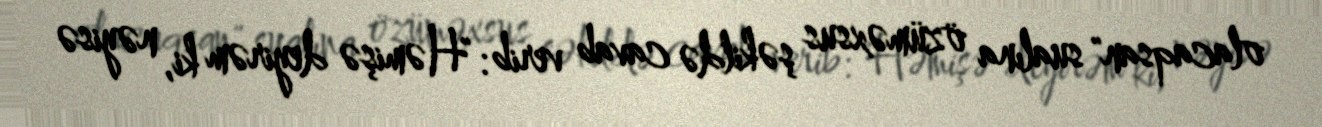
olacaqsan" sualına özüməxsus şəkildə cavab verib: "Həmişə deyirəm ki, nəyisə